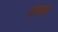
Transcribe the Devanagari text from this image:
साघक